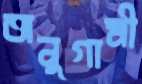
অনুগামী